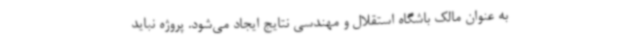
به عنوان مالک باشگاه استقلال و مهندسی نتایج ایجاد می‌شود. پروژه نباید